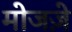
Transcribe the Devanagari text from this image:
मोजज़े